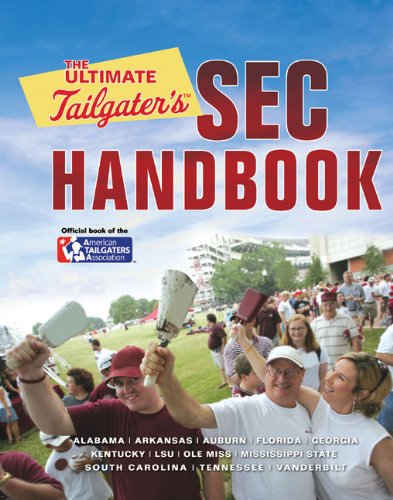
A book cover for The Ultimate Tailgater's SEC Handbook; Stephen Linn; Cookbooks, Food & Wine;